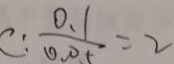
C : \frac { 0 . 1 } { 0 . 0 5 } = 2